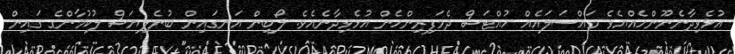
އުޅެވިދާނެނޫންހެއްޔެވެ މައްސަލައެއް ހުއްޓަސް ދެމަފިރިންހެން އުޅެވިދާނެއެވެ. ލޯބިން އަނގައިން ބުނެލިޔަސް ލުކުމާންގެ ގައިން